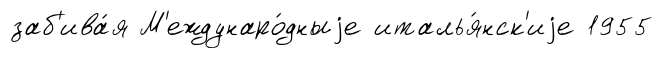
заб'ива́я М'еждунаро́дныjе италья́нск'иjе 1955